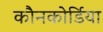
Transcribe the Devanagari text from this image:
कौनकोर्डिया